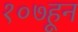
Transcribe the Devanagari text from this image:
१०७हून